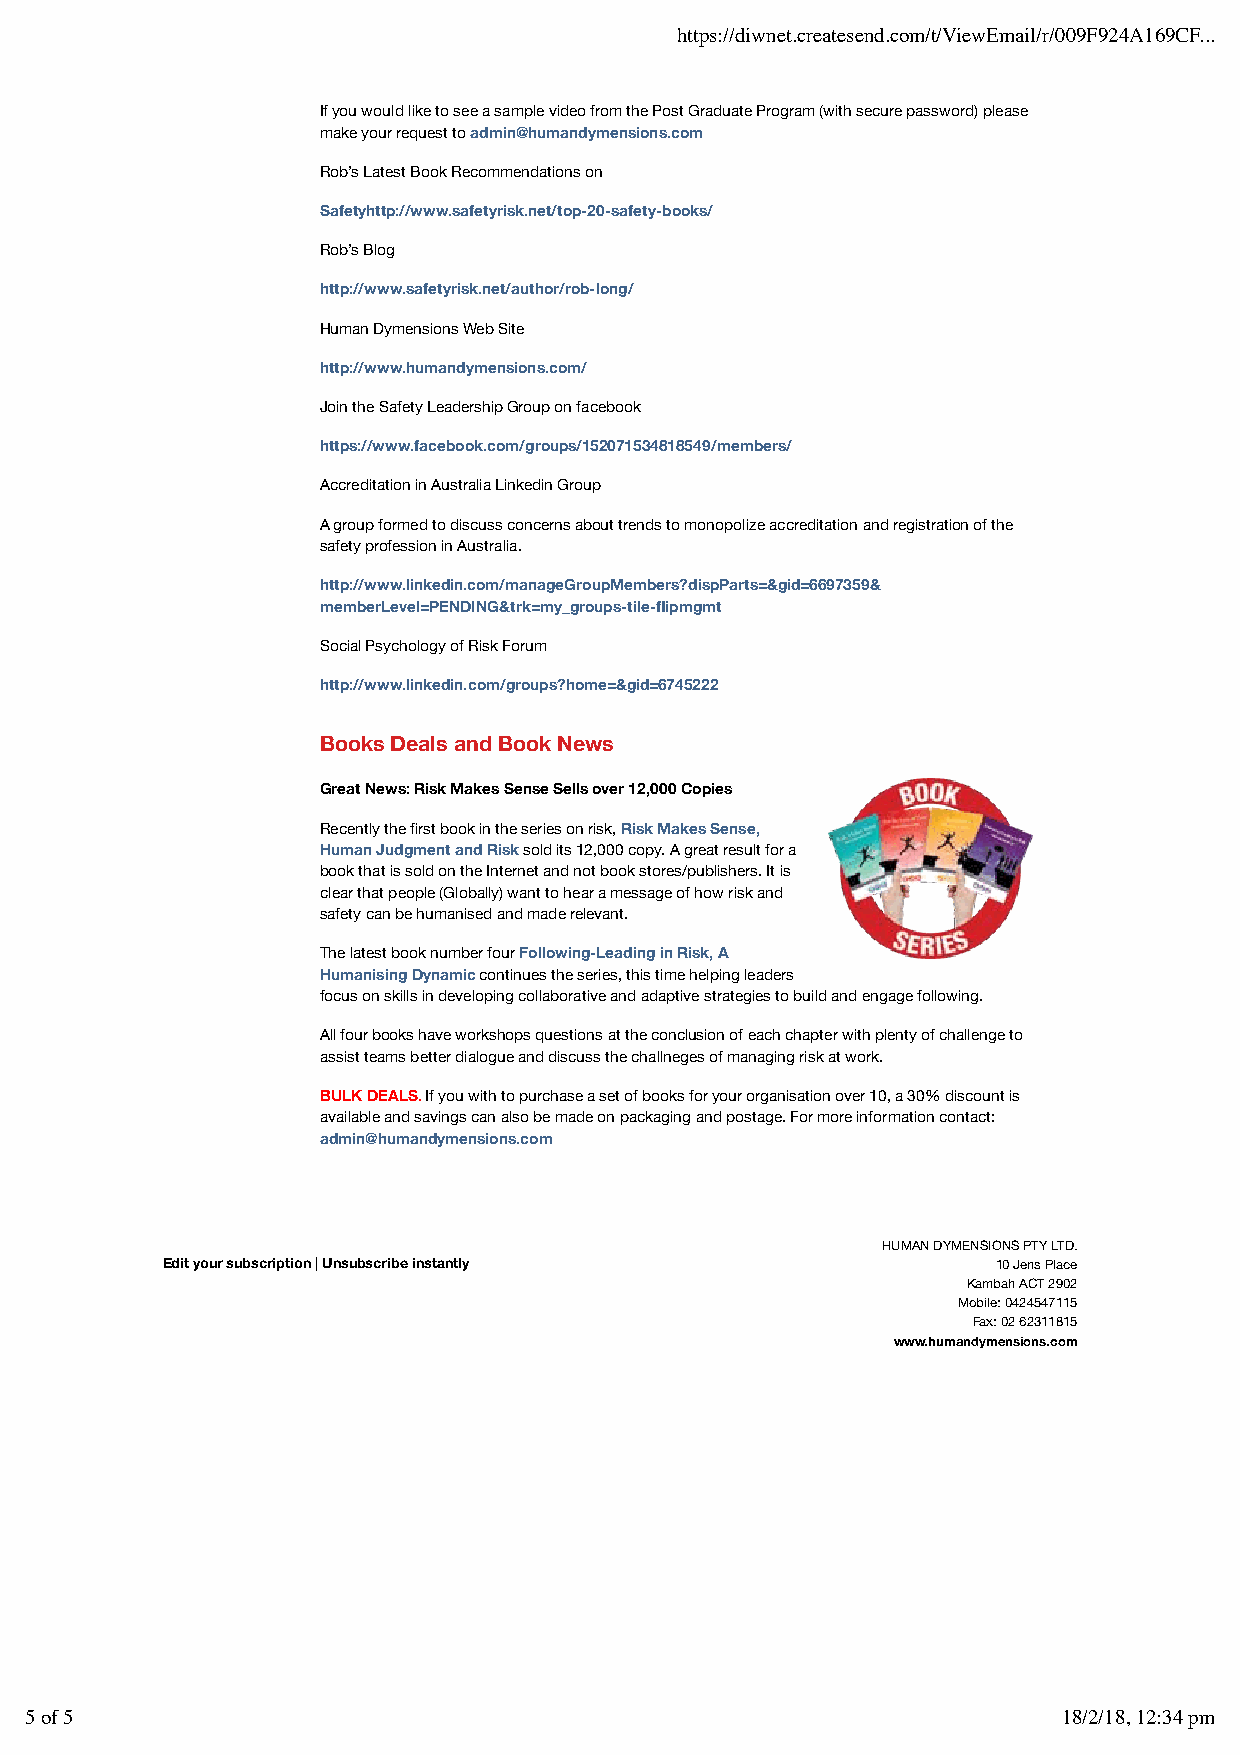
https://diwnet.createsend.com/t/ViewEmail/r/009F924A169CF...
 If you would like to see a sample video from the Post Graduate Program (with secure password) please
 make your request to admin@humandymensions.com
 Rob’s Latest Book Recommendations on
 Safetyhttp://www.safetyrisk.net/top-20-safety-books/
 Rob’s Blog
 http://www.safetyrisk.net/author/rob-long/
 Human Dymensions Web Site
 http://www.humandymensions.com/
 Join the Safety Leadership Group on facebook
 https://www.facebook.com/groups/152071534818549/members/
 Accreditation in Australia Linkedin Group
 A group formed to discuss concerns about trends to monopolize accreditation and registration of the
 safety profession in Australia.
 http://www.linkedin.com/manageGroupMembers?dispParts=&gid=6697359&
 memberLevel=PENDING&trk=my_groups-tile-flipmgmt
 Social Psychology of Risk Forum
 http://www.linkedin.com/groups?home=&gid=6745222
 Books Deals and Book News
 Great News: Risk Makes Sense Sells over 12,000 Copies
 Recently the first book in the series on risk, Risk Makes Sense,
 Human Judgment and Risk sold its 12,000 copy. A great result for a
 book that is sold on the Internet and not book stores/publishers. It is
 clear that people (Globally) want to hear a message of how risk and
 safety can be humanised and made relevant.
 The latest book number four Following-Leading in Risk, A
 Humanising Dynamic continues the series, this time helping leaders
 focus on skills in developing collaborative and adaptive strategies to build and engage following.
 All four books have workshops questions at the conclusion of each chapter with plenty of challenge to
 assist teams better dialogue and discuss the challneges of managing risk at work.
 BULK DEALS. If you with to purchase a set of books for your organisation over 10, a 30% discount is
 available and savings can also be made on packaging and postage. For more information contact:
 admin@humandymensions.com
 HUMAN DYMENSIONS PTY LTD.
 Edit your subscription | Unsubscribe instantly         10 Jens Place
 Kambah ACT 2902
 Mobile: 0424547115
 Fax: 02 62311815
 www.humandymensions.com
 5 of 5                                                              18/2/18, 12:34 pm